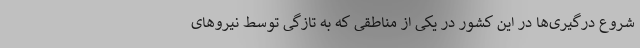
شروع درگیری‌ها در این کشور در یکی از مناطقی که به تازگی توسط نیروهای